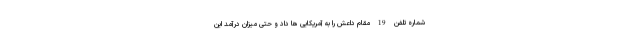
شماره تلفن 19 مقام داعش را به آمریکایی ها داد و حتی میزان درآمد این